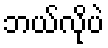
ဘယ်လိုပဲ